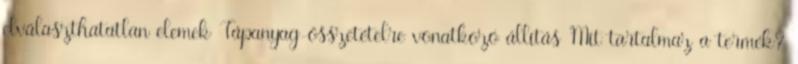
elválaszthatatlan elemek Tápanyag-összetételre vonatkozó állítás Mit tartalmaz a termék?